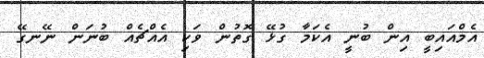
އެމްއައިބީ އިން ބުނީ އެކަމާ ގުޅޭ ގޮތުން ވަކި އެއްޗެއް ބުނަން ނޭނގޭ